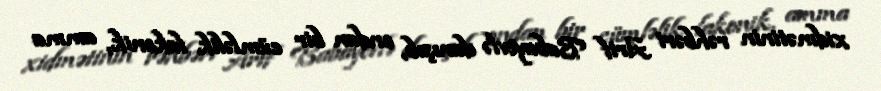
xidmətinin rəhbəri Arif Babayevlə danışıb, ondan bir cümləlik lakonik, amma